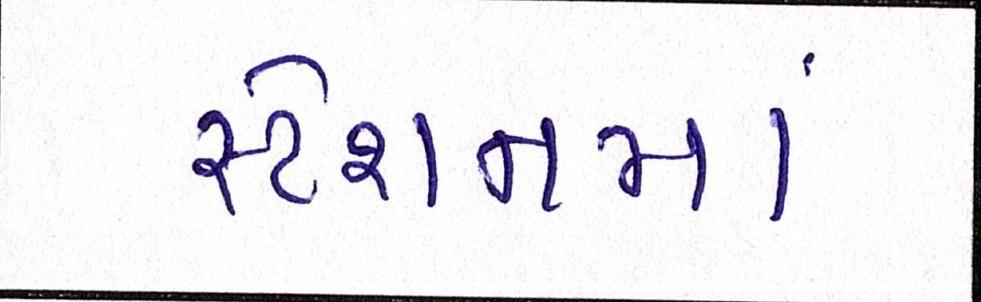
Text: સ્ટેશનમાં